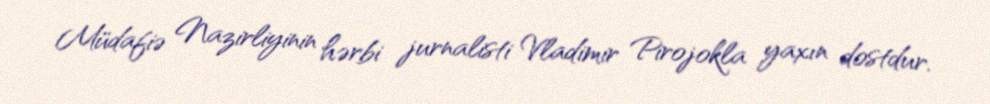
Müdafiə Nazirliyinin hərbi jurnalisti Vladimir Pirojokla yaxın dostdur.